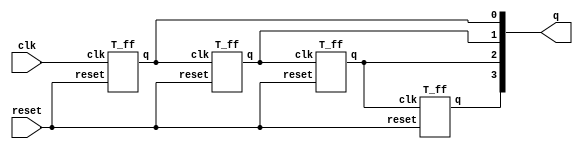
module RCc(q,clk,reset);
output [3:0]q;
input clk,reset;
T_ff tff0(q[0],clk,reset);
T_ff tff1(q[1],q[0],reset);
T_ff tff2(q[2],q[1],reset);
T_ff tff3(q[3],q[2],reset);
endmodule

module T_ff(q,clk,reset);
output q;
input clk,reset;
wire d;

D_ff dff0(q,d,clk,reset);
not n1(d,q);

endmodule

module D_ff(q,d,clk,reset);
input d,clk,reset;
output q;
reg q;
always @(posedge reset or negedge clk)
if (reset)
    q=1'b0;
else 
    q=d;
endmodule